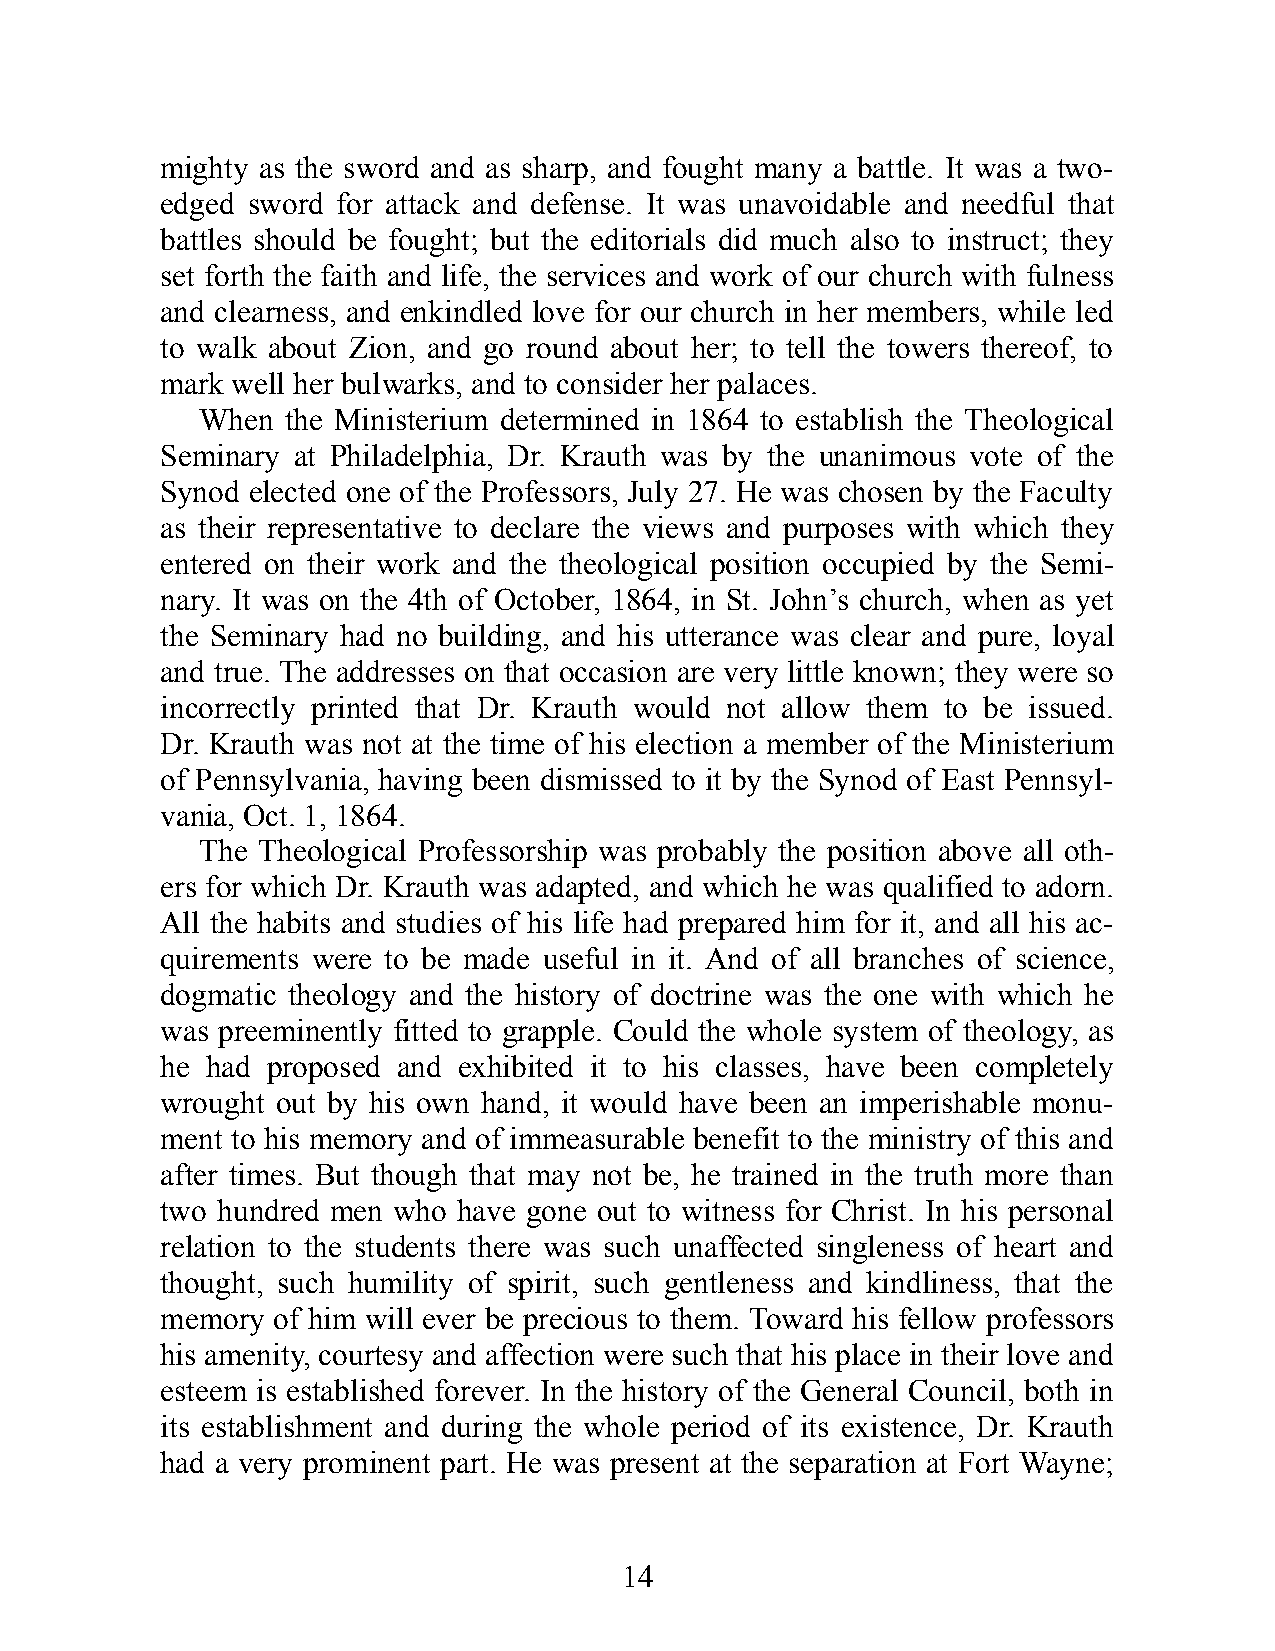
mighty as the sword and as sharp, and fought many a bat tle. It was a two-
 edged sword for at tack and def ense. It was un avoid able and needf ul that
 bat tles should be fought; but the edi t or i als did much also to ins truct; they
 set forth the faith and life, the ser vices and work of our church with ful ness
 and clear ness, and enkin dled love for our church in her memb ers, while led
 to walk about Zion, and go round about her; to tell the tow ers thereof, to
 mark well her bul warks, and to con sider her palaces.
 When  the Min is terium det er mined in 1864 to es tab lish the The o log ic al
 Sem in ary at Phila d el phia, Dr. Krauth was by the unani m ous vote of the
 Synod elected one of the Prof es sors, July 27. He was chos en by the Facu lty
 as their repr e sent a tive to dec lare the views and purp oses with which they
 ent ered on their work and the the o log ic al po si tion occ up ied by the Sem i-
 nary. It was on the 4th of Oc tob er, 1864, in St. John’s church, when as yet
 the Sem in ary had no buildi ng, and his utt er ance was clear and pure, loyal
 and true. The add resses on that occ as ion are very lit tle known; they were so
 inc orr ectly printed that Dr. Krauth would not al low them to be is sued.
 Dr. Krauth was not at the time of his elec tion a memb er of the Mini s terium
 of Penns yl van ia, havi ng been dism issed to it by the Synod of East Penn syl-
 van ia, Oct. 1, 1864.
 The The o log ic al Prof es sors hip was proba b ly the po si tion above all oth-
 ers for which Dr. Krauth was adapted, and which he was qual if ied to adorn.
 All the habits and stud ies of his life had prep ared him for it, and all his ac-
 quire ments were to be made usef ul in it. And of all branches of sci ence,
 dog matic the olo gy and the his tory of doct rine was the one with which he
 was pree m in ently fit ted to grapp le. Could the whole syst em of the olo gy, as
 he had prop osed and exh ib ited it to his classes, have been com pletely
 wrought out by his own hand, it would have been an imp eri sh able mon u-
 ment to his mem ory and of imm ea sura ble bene f it to the mini stry of this and
 af ter times. But though that may not be, he trained in the truth more than
 two hun dred men who have gone out to wit ness for Christ. In his pers onal
 re la tion to the stu dents there was such un aff ected sin gle ness of heart and
 thought, such hu mil ity of spirit, such gent len ess and kind li ness, that the
 memo ry of him will ever be prec ious to them. To ward his fel low prof es sors
 his amenity, court esy and aff ec tion were such that his place in their love and
 es teem is es tab lished for ever. In the his tory of the Gen eral Coun cil, both in
 its es tab lishm ent and duri ng the whole per iod of its exi s tence, Dr. Krauth
 had a very prom in ent part. He was present at the sepa r a tion at Fort Wayne;
 14